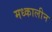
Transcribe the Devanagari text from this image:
मध्कालीन